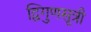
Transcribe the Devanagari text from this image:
द्विगुणसूत्री